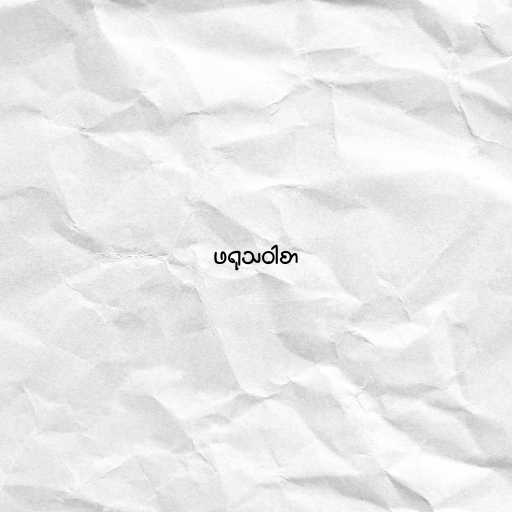
ဖရုသဝါစာ